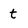
Character: t